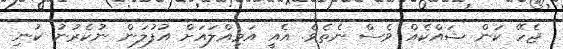
ޖެހޭ ކަން ޝައްކެއް ވެސް ނެތެވެ. އެއީ އަމިއްލައަށް އުފުލަން ނުކެރުނު ކުނި